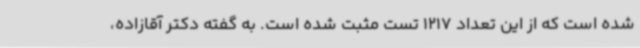
شده است که از این تعداد 1217 تست مثبت شده است. به گفته دکتر آقازاده،